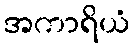
အကာရိယံ